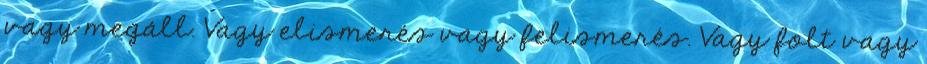
vagy megáll. Vagy elismerés vagy felismerés. Vagy folt vagy